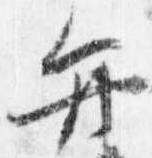
弁